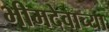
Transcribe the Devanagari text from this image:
भीमदेवाच्या